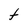
Character: t